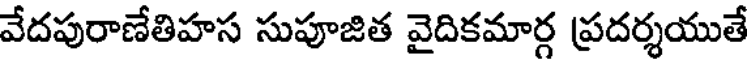
వేదపురాణేతిహస సుపూజిత వైదికమార్గ ప్రదర్శయుతే